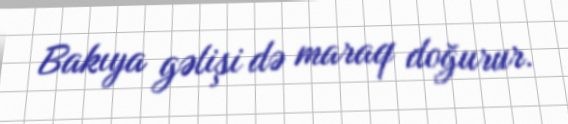
Bakıya gəlişi də maraq doğurur.